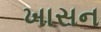
ખાસન